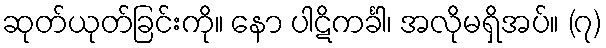
ဆုတ်ယုတ်ခြင်းကို။ နော ပါဋိကင်္ခါ၊ အလိုမရှိအပ်။ (၇)